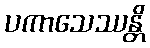
ပကာသေဿန္တိ